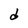
Character: d